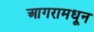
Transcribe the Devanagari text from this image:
आगरामधून